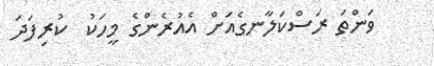
ވަންތަ ރަސްކަލާނގެއަށް އެއުރެންގެ މީހަކު  ކުރިފަދަ